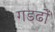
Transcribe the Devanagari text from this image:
गडढों